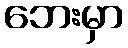
ဘေးမှာ